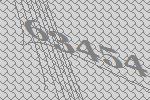
63454